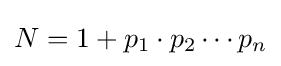
N=1+p_{1}\cdot p_{2}\cdots p_{n}